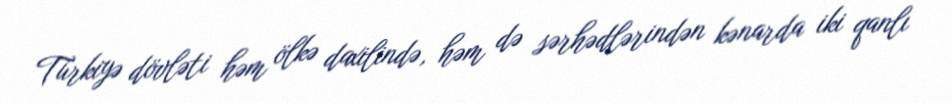
Türkiyə dövləti həm ölkə daxilində, həm də sərhədlərindən kənarda iki qanlı